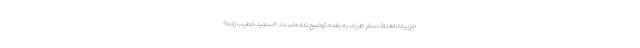
جزییات اهداف سفر ظریف به بغداد توضیح نداده است. «‌سعید خطیب زاده»